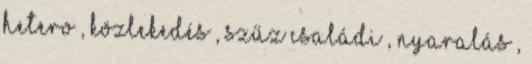
hetero , közlekedés , szűz családi , nyaralás ,